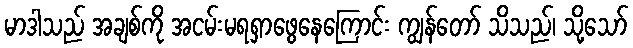
မာဒါသည် အချစ်ကို အငမ်းမရရှာဖွေနေကြောင်း ကျွန်တော် သိသည်၊ သို့သော်